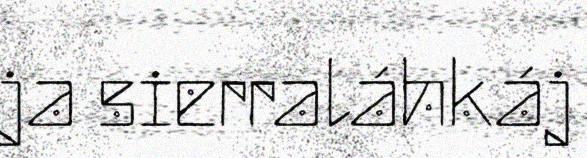
ja sierraláhkáj